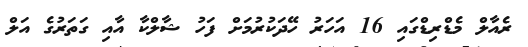
ރެއާލް މެޑްރިޑްގައި 16 އަހަރު ހޭދަކުރުމަށް ފަހު ޝާލްކާ އާއި ގަތަރުގެ އަލް